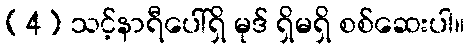
(4) သင့်နာရီပေါ်ရှိ မုဒ် ရှိမရှိ စစ်ဆေးပါ။